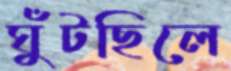
ঘুঁটছিলে